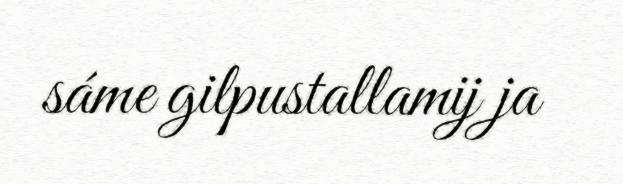
sáme gilpustallamij ja